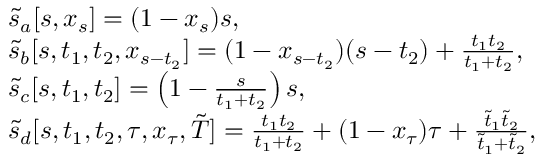
\begin{array} { r l r } & { \tilde { s } _ { a } [ s , x _ { s } ] = ( 1 - x _ { s } ) s , } & \\ & { \tilde { s } _ { b } [ s , t _ { 1 } , t _ { 2 } , x _ { s - t _ { 2 } } ] = ( 1 - x _ { s - t _ { 2 } } ) ( s - t _ { 2 } ) + \frac { t _ { 1 } t _ { 2 } } { t _ { 1 } + t _ { 2 } } , } & \\ & { \tilde { s } _ { c } [ s , t _ { 1 } , t _ { 2 } ] = \left( 1 - \frac { s } { t _ { 1 } + t _ { 2 } } \right) s , } & \\ & { \tilde { s } _ { d } [ s , t _ { 1 } , t _ { 2 } , \tau , x _ { \tau } , \tilde { T } ] = \frac { t _ { 1 } t _ { 2 } } { t _ { 1 } + t _ { 2 } } + ( 1 - x _ { \tau } ) \tau + \frac { \tilde { t } _ { 1 } \tilde { t } _ { 2 } } { \tilde { t } _ { 1 } + \tilde { t } _ { 2 } } , } & \end{array}